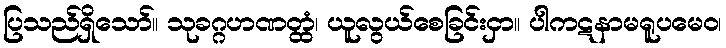
ပြသည်ရှိသော်။ သုခဂ္ဂဟဏတ္ထံ၊ ယူလွယ်စေခြင်းငှာ။ ပါကဋနာမရူပမေဝ၊